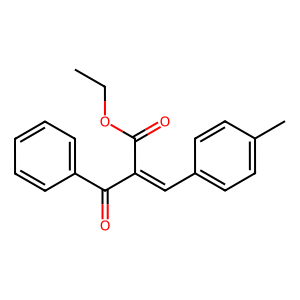
SMILES: CCOC(=O)C(=Cc1ccc(C)cc1)C(=O)c1ccccc1
Inhibits HIV replication: No